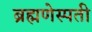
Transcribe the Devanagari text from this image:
ब्रह्मणेस्पती